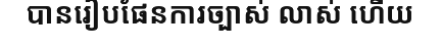
បានរៀបផែនការច្បាស់ លាស់ ហើយ